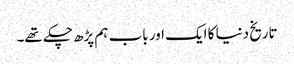
تاریخ دنیا کا ایک اور باب ہم پڑھ چکے تھے۔